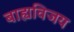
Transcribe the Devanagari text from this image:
बाह्यविजय